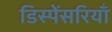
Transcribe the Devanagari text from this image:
डिस्पेंसरियाँ